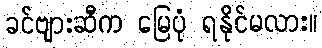
ခင်ဗျားဆီက မြေပုံ ရနိုင်မလား။